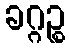
ခဂ္ဂဉ္စ